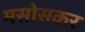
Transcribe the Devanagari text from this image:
मसोसकर